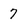
Character: 7